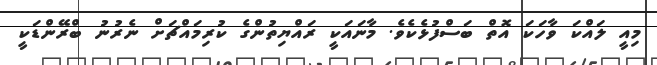
މިއީ ލައްކަ ވާހަކަ އޮތް ބަސްފުޅެކެވެ. މާނައަކީ ރައްޔިތުންގެ ކުރިމައްޗަށް ނެރުނު ބްރޭންޑަކީ